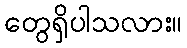
တွေရှိပါသလား။